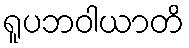
ရူပဘဝါယာတိ